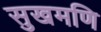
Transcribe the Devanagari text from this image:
सुखमणि